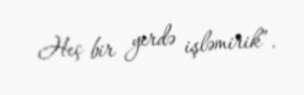
Heç bir yerdə işləmirik”.